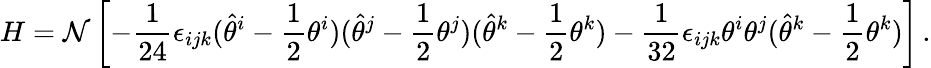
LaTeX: H=\mathcal{N}\left[-\frac{{1}}{{24}}\epsilon_{ijk}(\hat{{\theta}}^{i}-\frac{{1}}{{2}}\theta^{i})(\hat{{\theta}}^{j}-\frac{{1}}{{2}}\theta^{j})(\hat{{\theta}}^{k}-\frac{{1}}{{2}}\theta^{k})-\frac{{1}}{{32}}\epsilon_{ijk}\theta^{i}\theta^{j}(\hat{{\theta}}^{k}-\frac{{1}}{{2}}\theta^{k})\right]\, .